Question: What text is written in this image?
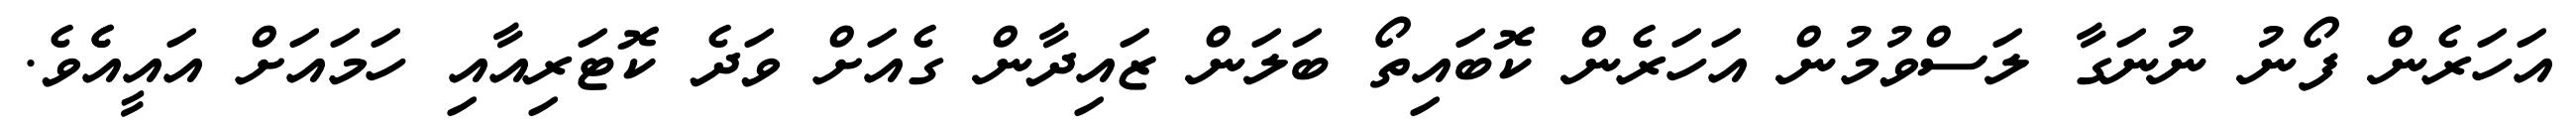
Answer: އަހަރެން ފޯނު ނުނަގާ ލަސްވުމުން އަހަރެން ކޮބައިތޯ ބަލަން ޒައިދާން ގެއަށް ވަދެ ކޮޓަރިއާއި ހަމައަށް އައީއެެވެ.